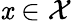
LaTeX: \mathit{x}\in\mathcal{X}